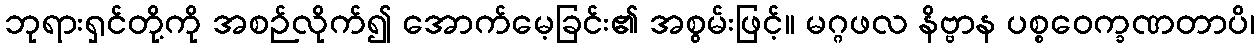
ဘုရားရှင်တို့ကို အစဉ်လိုက်၍ အောက်မေ့ခြင်း၏ အစွမ်းဖြင့်။ မဂ္ဂဖလ နိဗ္ဗာန ပစ္စဝေက္ခဏတာပိ၊